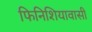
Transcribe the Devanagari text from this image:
फिनिशियावासी